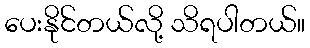
ပေးနိုင်တယ်လို့ သိရပါတယ်။